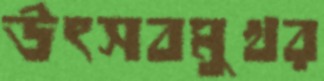
উৎসবমুখর